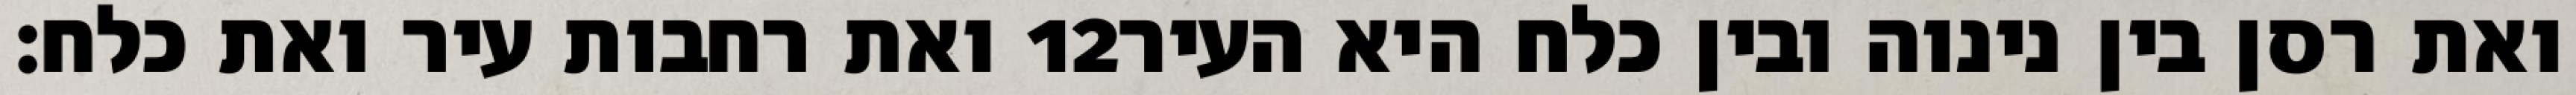
ואת רחבות עיר ואת כלח׃ ‎12‏ ואת רסן בין נינוה ובין כלח היא העיר